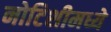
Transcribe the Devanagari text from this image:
नोटिशीमध्ये